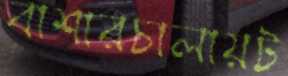
বাশারচালায়ট